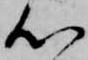
心